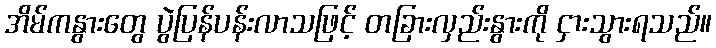
အိမ်ကနွားတွေ ပွဲပြန်ပန်းလာသဖြင့် တခြားလှည်းနွားကို ငှားသွားရသည်။